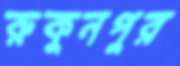
রুকুনপুর